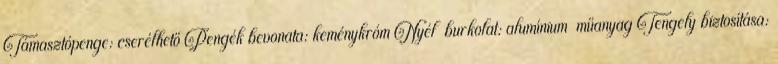
Támasztópenge: cserélhető Pengék bevonata: keménykróm Nyél burkolat: alumínium műanyag Tengely biztosítása: